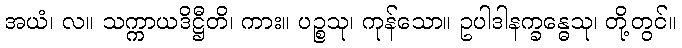
အယံ၊ လ။ သက္ကာယဒိဋ္ဌီတိ၊ ကား။ ပဉ္စသု၊ ကုန်သော။ ဥပါဒါနက္ခန္ဓေသု၊ တို့တွင်။